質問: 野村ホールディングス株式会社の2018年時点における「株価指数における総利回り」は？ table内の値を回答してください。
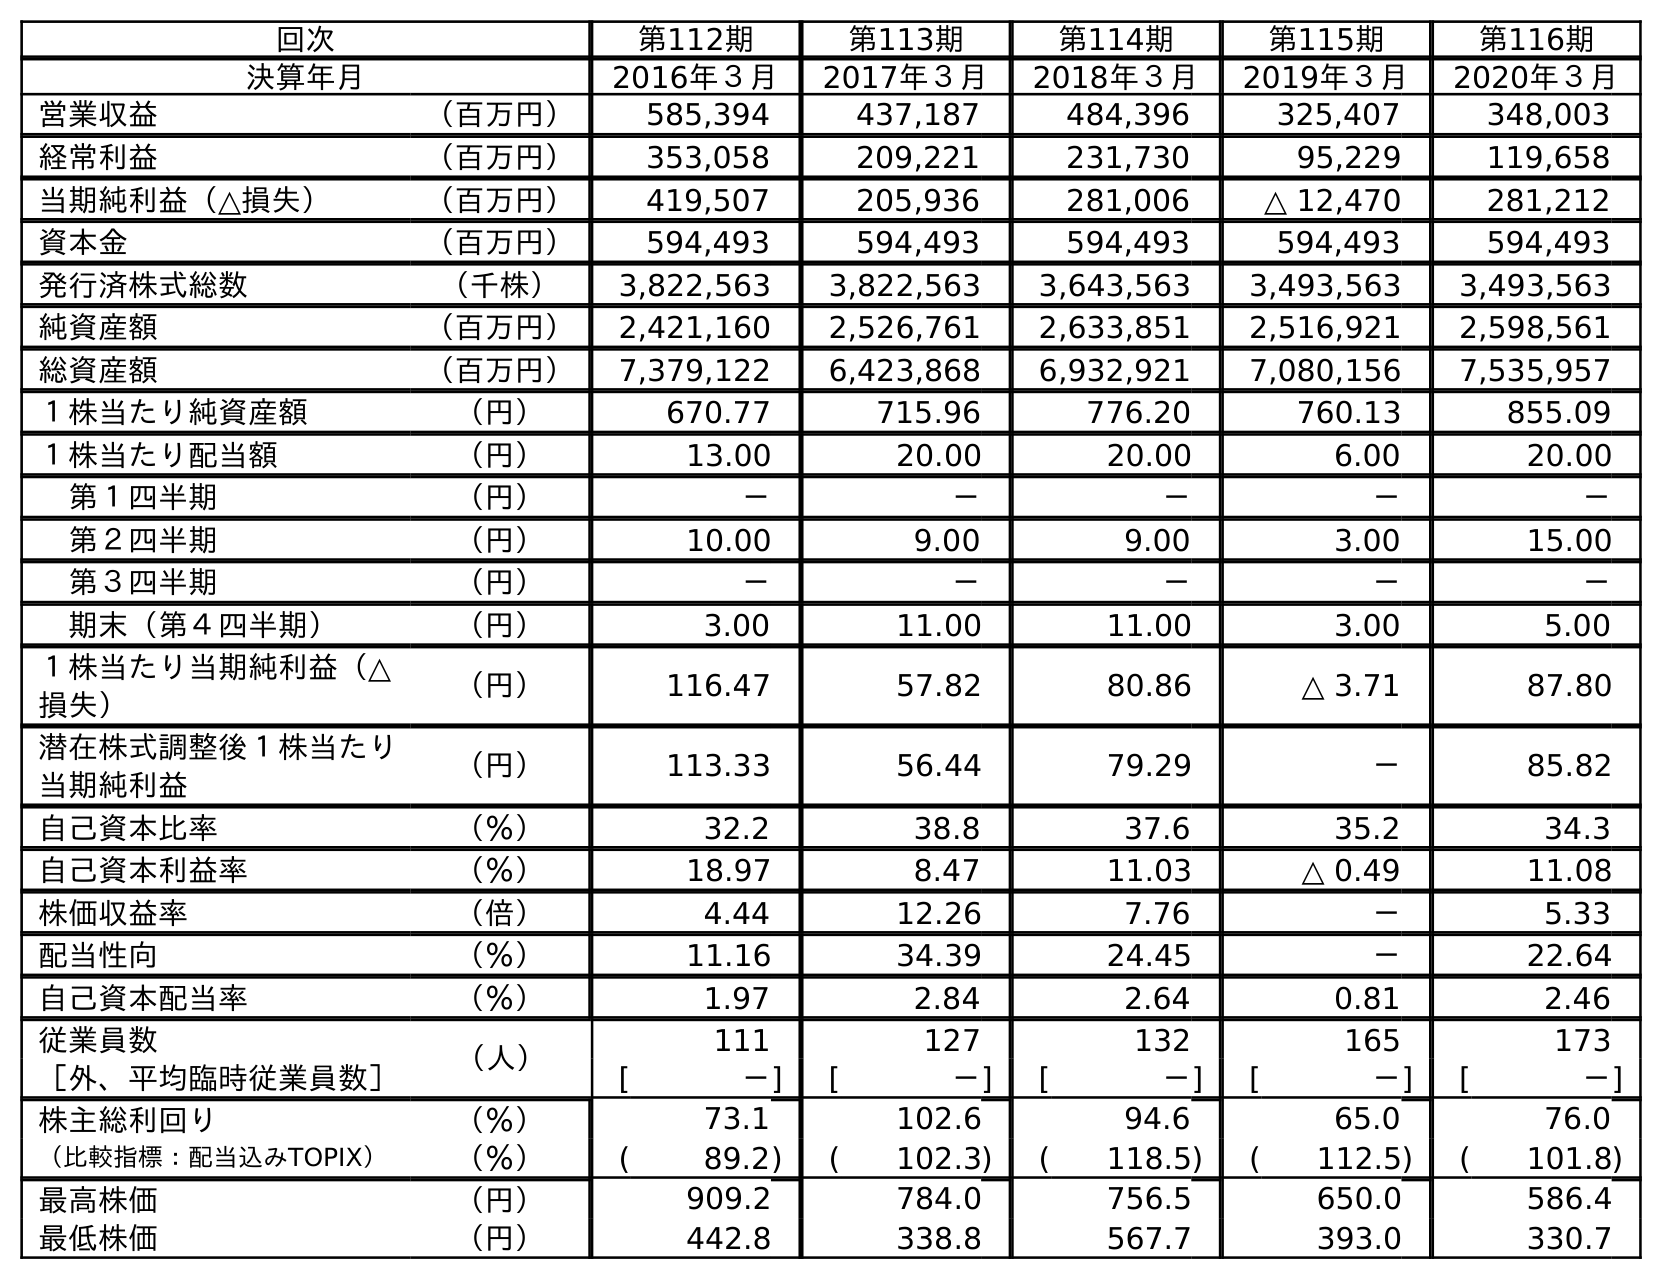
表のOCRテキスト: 回次 第112期 第113期 第114期 第115期 第116期 決算年月 2016年３月 2017年３月 2018年３月 2019年３月 2020年３月 営業収益 （百万円） 585,394 437,187 484,396 325,407 348,003 経常利益 （百万円） 353,058 209,221 231,730 95,229 119,658 当期純利益（△損失） （百万円） 419,507 205,936 281,006 △ 12,470 281,212 資本金 （百万円） 594,493 594,493 594,493 594,493 594,493 発行済株式総数 （千株） 3,822,563 3,822,563 3,643,563 3,493,563 3,493,563 純資産額 （百万円） 2,421,160 2,526,761 2,633,851 2,516,921 2,598,561 総資産額 （百万円） 7,379,122 6,423,868 6,932,921 7,080,156 7,535,957 １株当たり純資産額 （円） 670.77 715.96 776.20 760.13 855.09 １株当たり配当額 （円） 13.00 20.00 20.00 6.00 20.00 第１四半期 （円） － － － － － 第２四半期 （円） 10.00 9.00 9.00 3.00 15.00 第３四半期 （円） － － － － － 期末（第４四半期） （円） 3.00 11.00 11.00 3.00 5.00 １株当たり当期純利益（△ 損失） （円） 116.47 57.82 80.86 △ 3.71 87.80 潜在株式調整後１株当たり 当期純利益 （円） 113.33 56.44 79.29 － 85.82 自己資本比率 （％） 32.2 38.8 37.6 35.2 34.3 自己資本利益率 （％） 18.97 8.47 11.03 △ 0.49 11.08 株価収益率 （倍） 4.44 12.26 7.76 － 5.33 配当性向 （％） 11.16 34.39 24.45 － 22.64 自己資本配当率 （％） 1.97 2.84 2.64 0.81 2.46 従業員数 （人） 111 127 132 165 173 ［外、平均臨時従業員数］ [ －] [ －] [ －] [ －] [ －] 株主総利回り （％） 73.1 102.6 94.6 65.0 76.0 （比較指標：配当込みTOPIX） （％） ( 89.2) ( 102.3) ( 118.5) ( 112.5) ( 101.8) 最高株価 （円） 909.2 784.0 756.5 650.0 586.4 最低株価 （円） 442.8 338.8 567.7 393.0 330.7
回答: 118.5